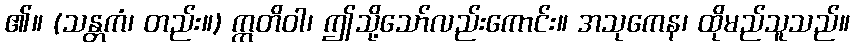
၏။ (သန္တကံ၊ တည်း။) ဣတိဝါ၊ ဤသို့သော်လည်းကောင်း။ အသုကေန၊ ထိုမည်သူသည်။